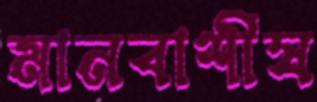
মানবাশীষ